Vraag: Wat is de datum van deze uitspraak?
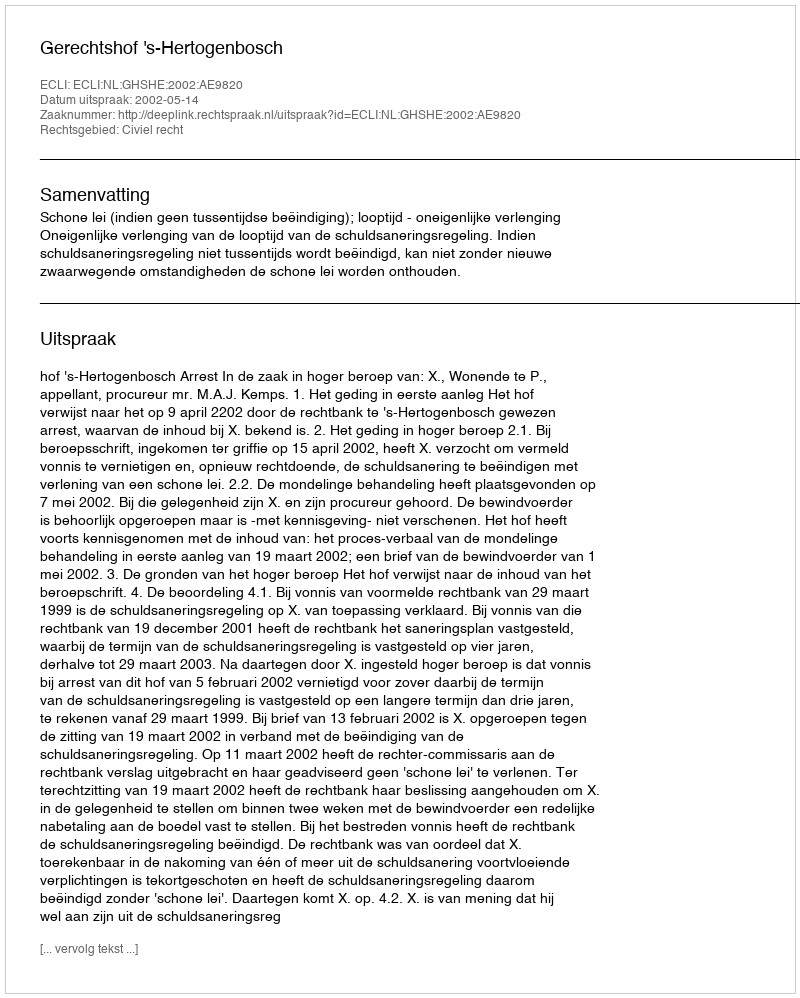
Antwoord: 2002-05-14